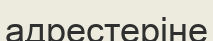
адрестеріне